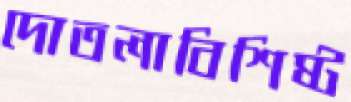
দোতলাবিশিষ্ট